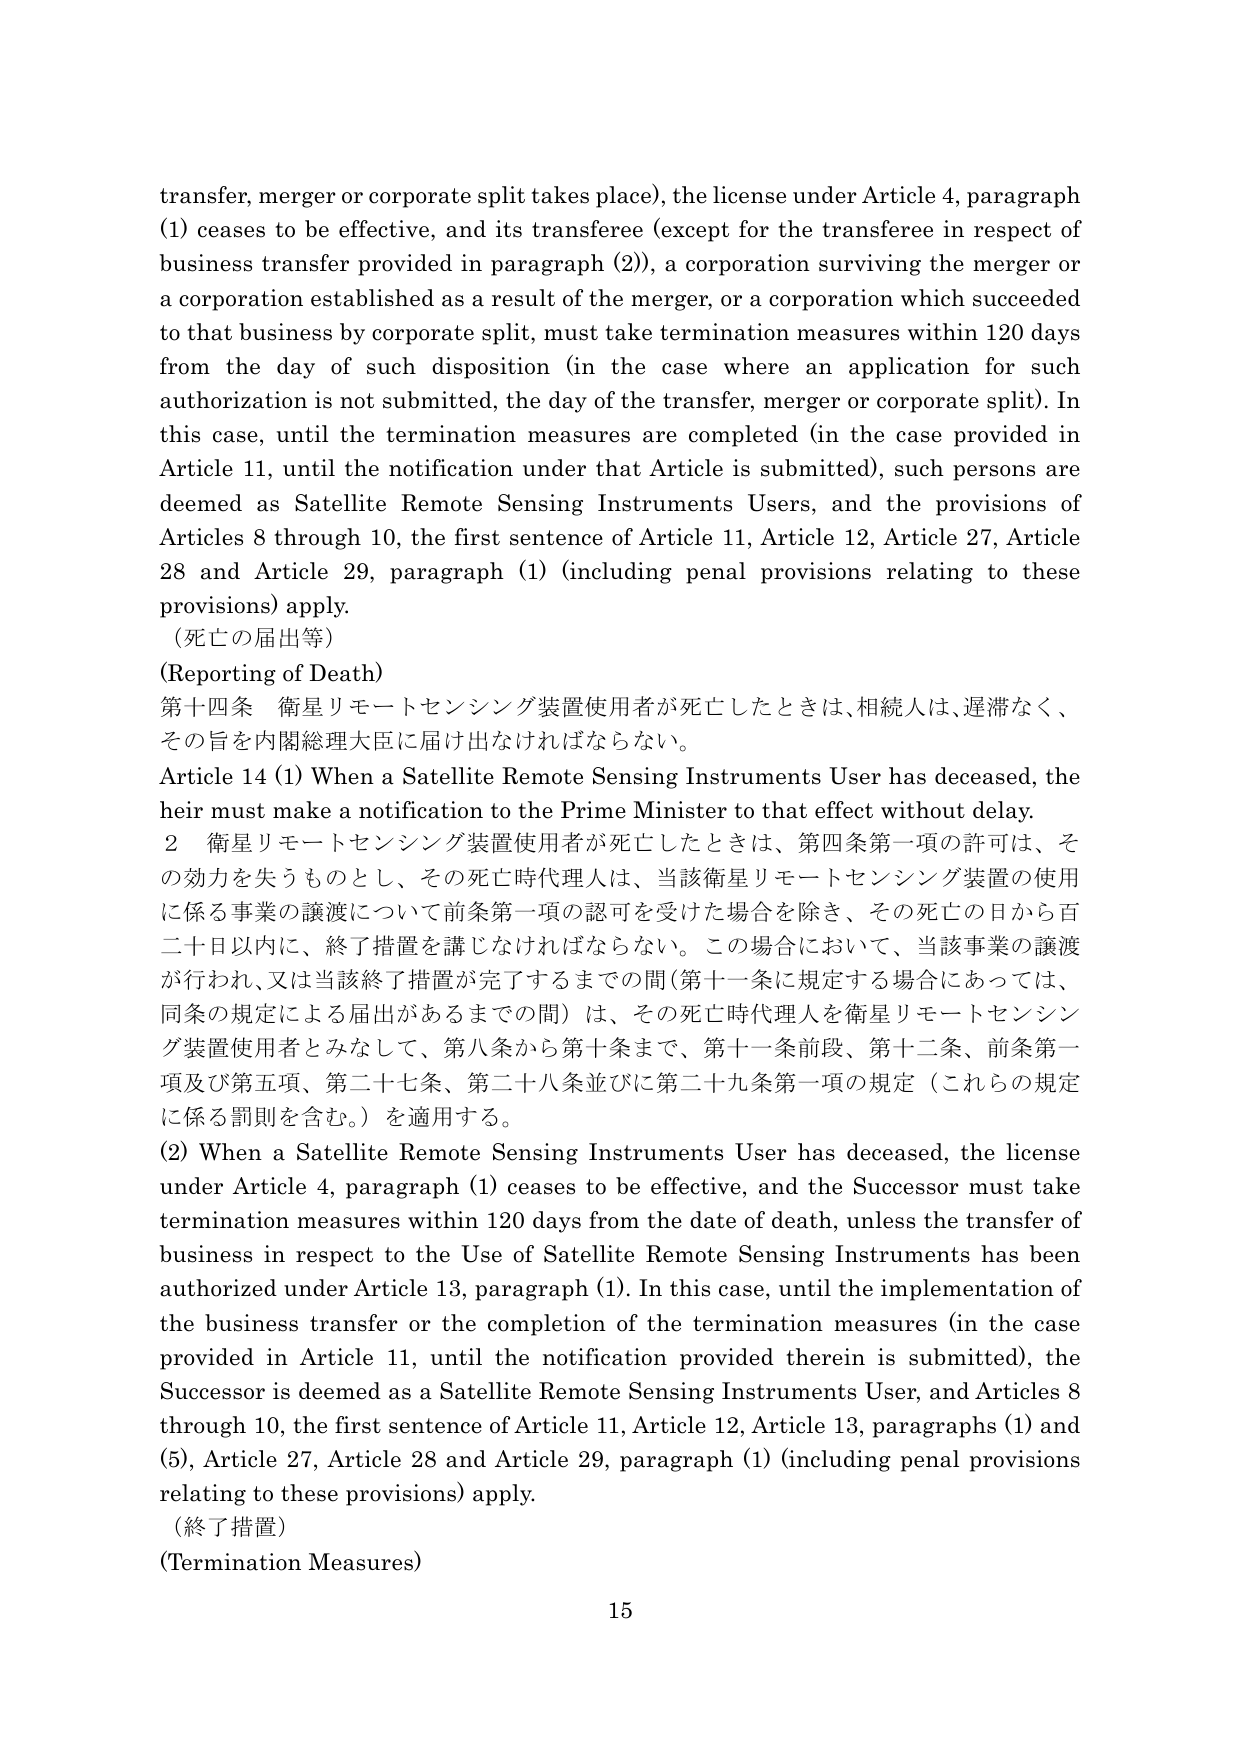
transfer, merger or corporate split takes place), the license under Article 4, paragraph (1) ceases to be effective, and its transferee (except for the transferee in respect of business transfer provided in paragraph (2)), a corporation surviving the merger or a corporation established as a result of the merger, or a corporation which succeeded to that business by corporate split, must take termination measures within 120 days from the day of such disposition (in the case where an application for such authorization is not submitted, the day of the transfer, merger or corporate split). In this case, until the termination measures are completed (in the case provided in Article 11, until the notification under that Article is submitted), such persons are deemed as Satellite Remote Sensing Instruments Users, and the provisions of Articles 8 through 10, the first sentence of Article 11, Article 12, Article 27, Article 28 and Article 29, paragraph (1) (including penal provisions relating to these provisions) apply.

（死亡の届出等）
(Reporting of Death)
第十四条 衛星リモートセンシング装置使用者が死亡したときは、相続人は、遅滞なく、その旨を内閣総理大臣に届け出なければならない。
Article 14 (1) When a Satellite Remote Sensing Instruments User has deceased, the heir must make a notification to the Prime Minister to that effect without delay.
2 衛星リモートセンシング装置使用者が死亡したときは、第四条第一項の許可は、その効力を失うものとし、その死亡時代理人は、当該衛星リモートセンシング装置の使用に係る事業の譲渡について前条第一項の認可を受けた場合を除き、その死亡の日から百二十日以内に、終了措置を講じなければならない。この場合において、当該事業の譲渡が行われ、又は当該終了措置が完了するまでの間（第十一条に規定する場合にあっては、同条の規定による届出があるまでの間）は、その死亡時代理人を衛星リモートセンシング装置使用者とみなして、第八条から第十条まで、第十一条前段、第十二条、前条第一項及び第五項、第二十七条、第二十八条並びに第二十九条第一項の規定（これらの規定に係る罰則を含む。）を適用する。
(2) When a Satellite Remote Sensing Instruments User has deceased, the license under Article 4, paragraph (1) ceases to be effective, and the Successor must take termination measures within 120 days from the date of death, unless the transfer of business in respect to the Use of Satellite Remote Sensing Instruments has been authorized under Article 13, paragraph (1). In this case, until the implementation of the business transfer or the completion of the termination measures (in the case provided in Article 11, until the notification provided therein is submitted), the Successor is deemed as a Satellite Remote Sensing Instruments User, and Articles 8 through 10, the first sentence of Article 11, Article 12, Article 13, paragraphs (1) and (5), Article 27, Article 28 and Article 29, paragraph (1) (including penal provisions relating to these provisions) apply.

（終了措置）
(Termination Measures)
15